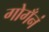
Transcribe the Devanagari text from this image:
गोगँनं